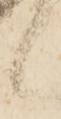
候